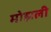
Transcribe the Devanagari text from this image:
मोझली